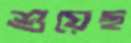
শুয়েছ